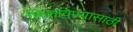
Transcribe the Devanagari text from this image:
शिकविण्‍यासाठी